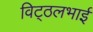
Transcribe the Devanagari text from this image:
विट्‍ठलभाई